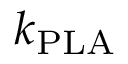
k _ { { \mathrm { P L A } } }